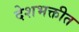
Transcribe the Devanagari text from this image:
देशभक्तीत